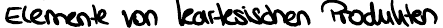
Elemente von kartesischen Produkten